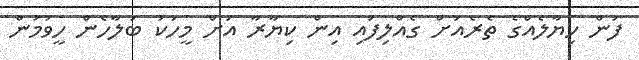
ފުން ހިޔާލެއްގެ ތެރެއަށް ގެއްލިފައި އިން ކިޔާރާ އަށް މީހަކު ބަލާހެން ހީވުމުން